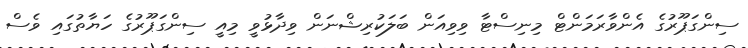
ސިންގަޕޫރުގެ އެންވާރަމަންޓް މިނިސްޓާ ވިވިއަން ބަލަކުރިޝްނަން ވިދާޅުވީ މިއީ ސިންގަޕޫރުގެ ހަޔާތުގައި ވެސް